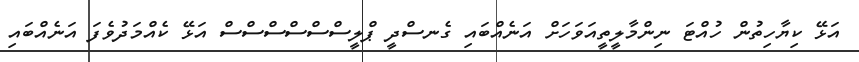
އަޅޭ ކިޔާހިތުން ހުއްޓަ ނިންމާލީތީއަވަހަށް އަނެއްބައި ގެނސްދީ ޕްލީސްސްސްސްސްސް އަޅޭ ކެއްމަދުވެފަ އަނެއްބައި